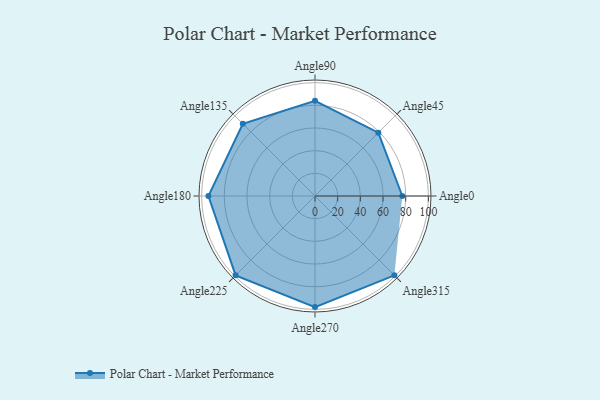
{"axis": {"x": "Angle", "y": "Radius"}, "legend": [""], "data": [{"x": "Angle0", "y": 77.0, "type": ""}, {"x": "Angle45", "y": 79.0, "type": ""}, {"x": "Angle90", "y": 84.0, "type": ""}, {"x": "Angle135", "y": 90.0, "type": ""}, {"x": "Angle180", "y": 94.0, "type": ""}, {"x": "Angle225", "y": 99.0, "type": ""}, {"x": "Angle270", "y": 98.0, "type": ""}, {"x": "Angle315", "y": 99.0, "type": ""}]}